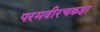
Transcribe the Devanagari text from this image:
परमवीरचक्रहा